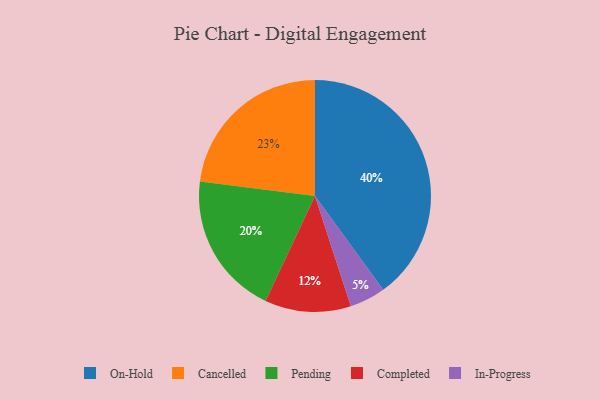
{"axis": {"x": "Category", "y": "Percentage"}, "legend": ["Cancelled", "Completed", "In-Progress", "On-Hold", "Pending"], "data": [{"x": "In-Progress", "y": 5, "type": "In-Progress"}, {"x": "Pending", "y": 20, "type": "Pending"}, {"x": "Cancelled", "y": 23, "type": "Cancelled"}, {"x": "On-Hold", "y": 40, "type": "On-Hold"}, {"x": "Completed", "y": 12, "type": "Completed"}]}